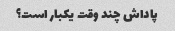
پاداش چند وقت یکبار است؟